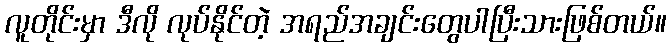
လူတိုင်းမှာ ဒီလို လုပ်နိုင်တဲ့ အရည်အချင်းတွေပါပြီးသားဖြစ်တယ်။